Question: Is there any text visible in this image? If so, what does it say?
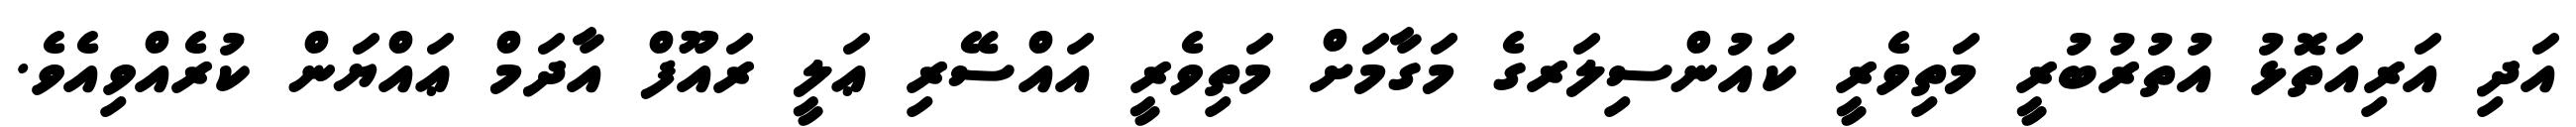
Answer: އަދި އަރިއަތޮޅު އުތުރުބުރީ މަތިވެރީ ކައުންސިލަރގެ މަގާމަށް މަތިވެރީ އައްސޭރި ޢަލީ ރައޫފް އާދަމް ޢައްޔަން ކުރެއްވިއެވެ.